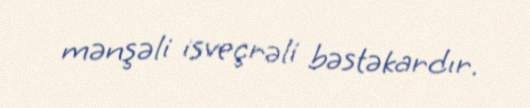
mənşəli isveçrəli bəstəkardır.